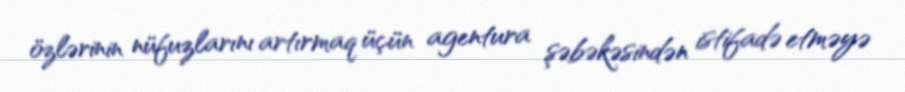
özlərinin nüfuzlarını artırmaq üçün agentura şəbəkəsindən istifadə etməyə